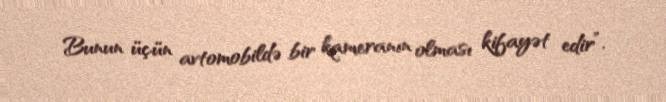
Bunun üçün avtomobildə bir kameranın olması kifayət edir”.